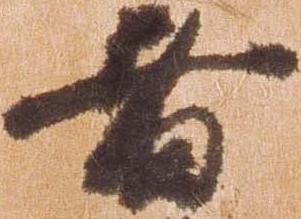
者